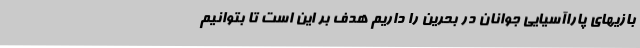
بازیهای پاراآسیایی جوانان در بحرین را داریم هدف بر این است تا بتوانیم